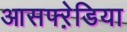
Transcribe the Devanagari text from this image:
आसफ्ऱेडिया